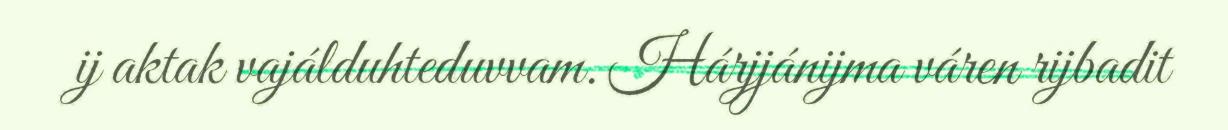
ij aktak vajálduhteduvvam. Hárjjánijma váren rijbadit